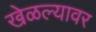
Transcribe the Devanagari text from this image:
खेळल्यावर